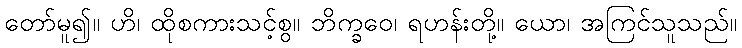
တော်မူ၍။ ဟိ၊ ထိုစကားသင့်စွ။ ဘိက္ခဝေ၊ ရဟန်းတို့။ ယော၊ အကြင်သူသည်။